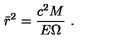
\bar { r } ^ { 2 } = { \frac { c ^ { 2 } M } { E \Omega } } \ .